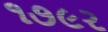
૧૭૯ર